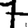
Digit: 7